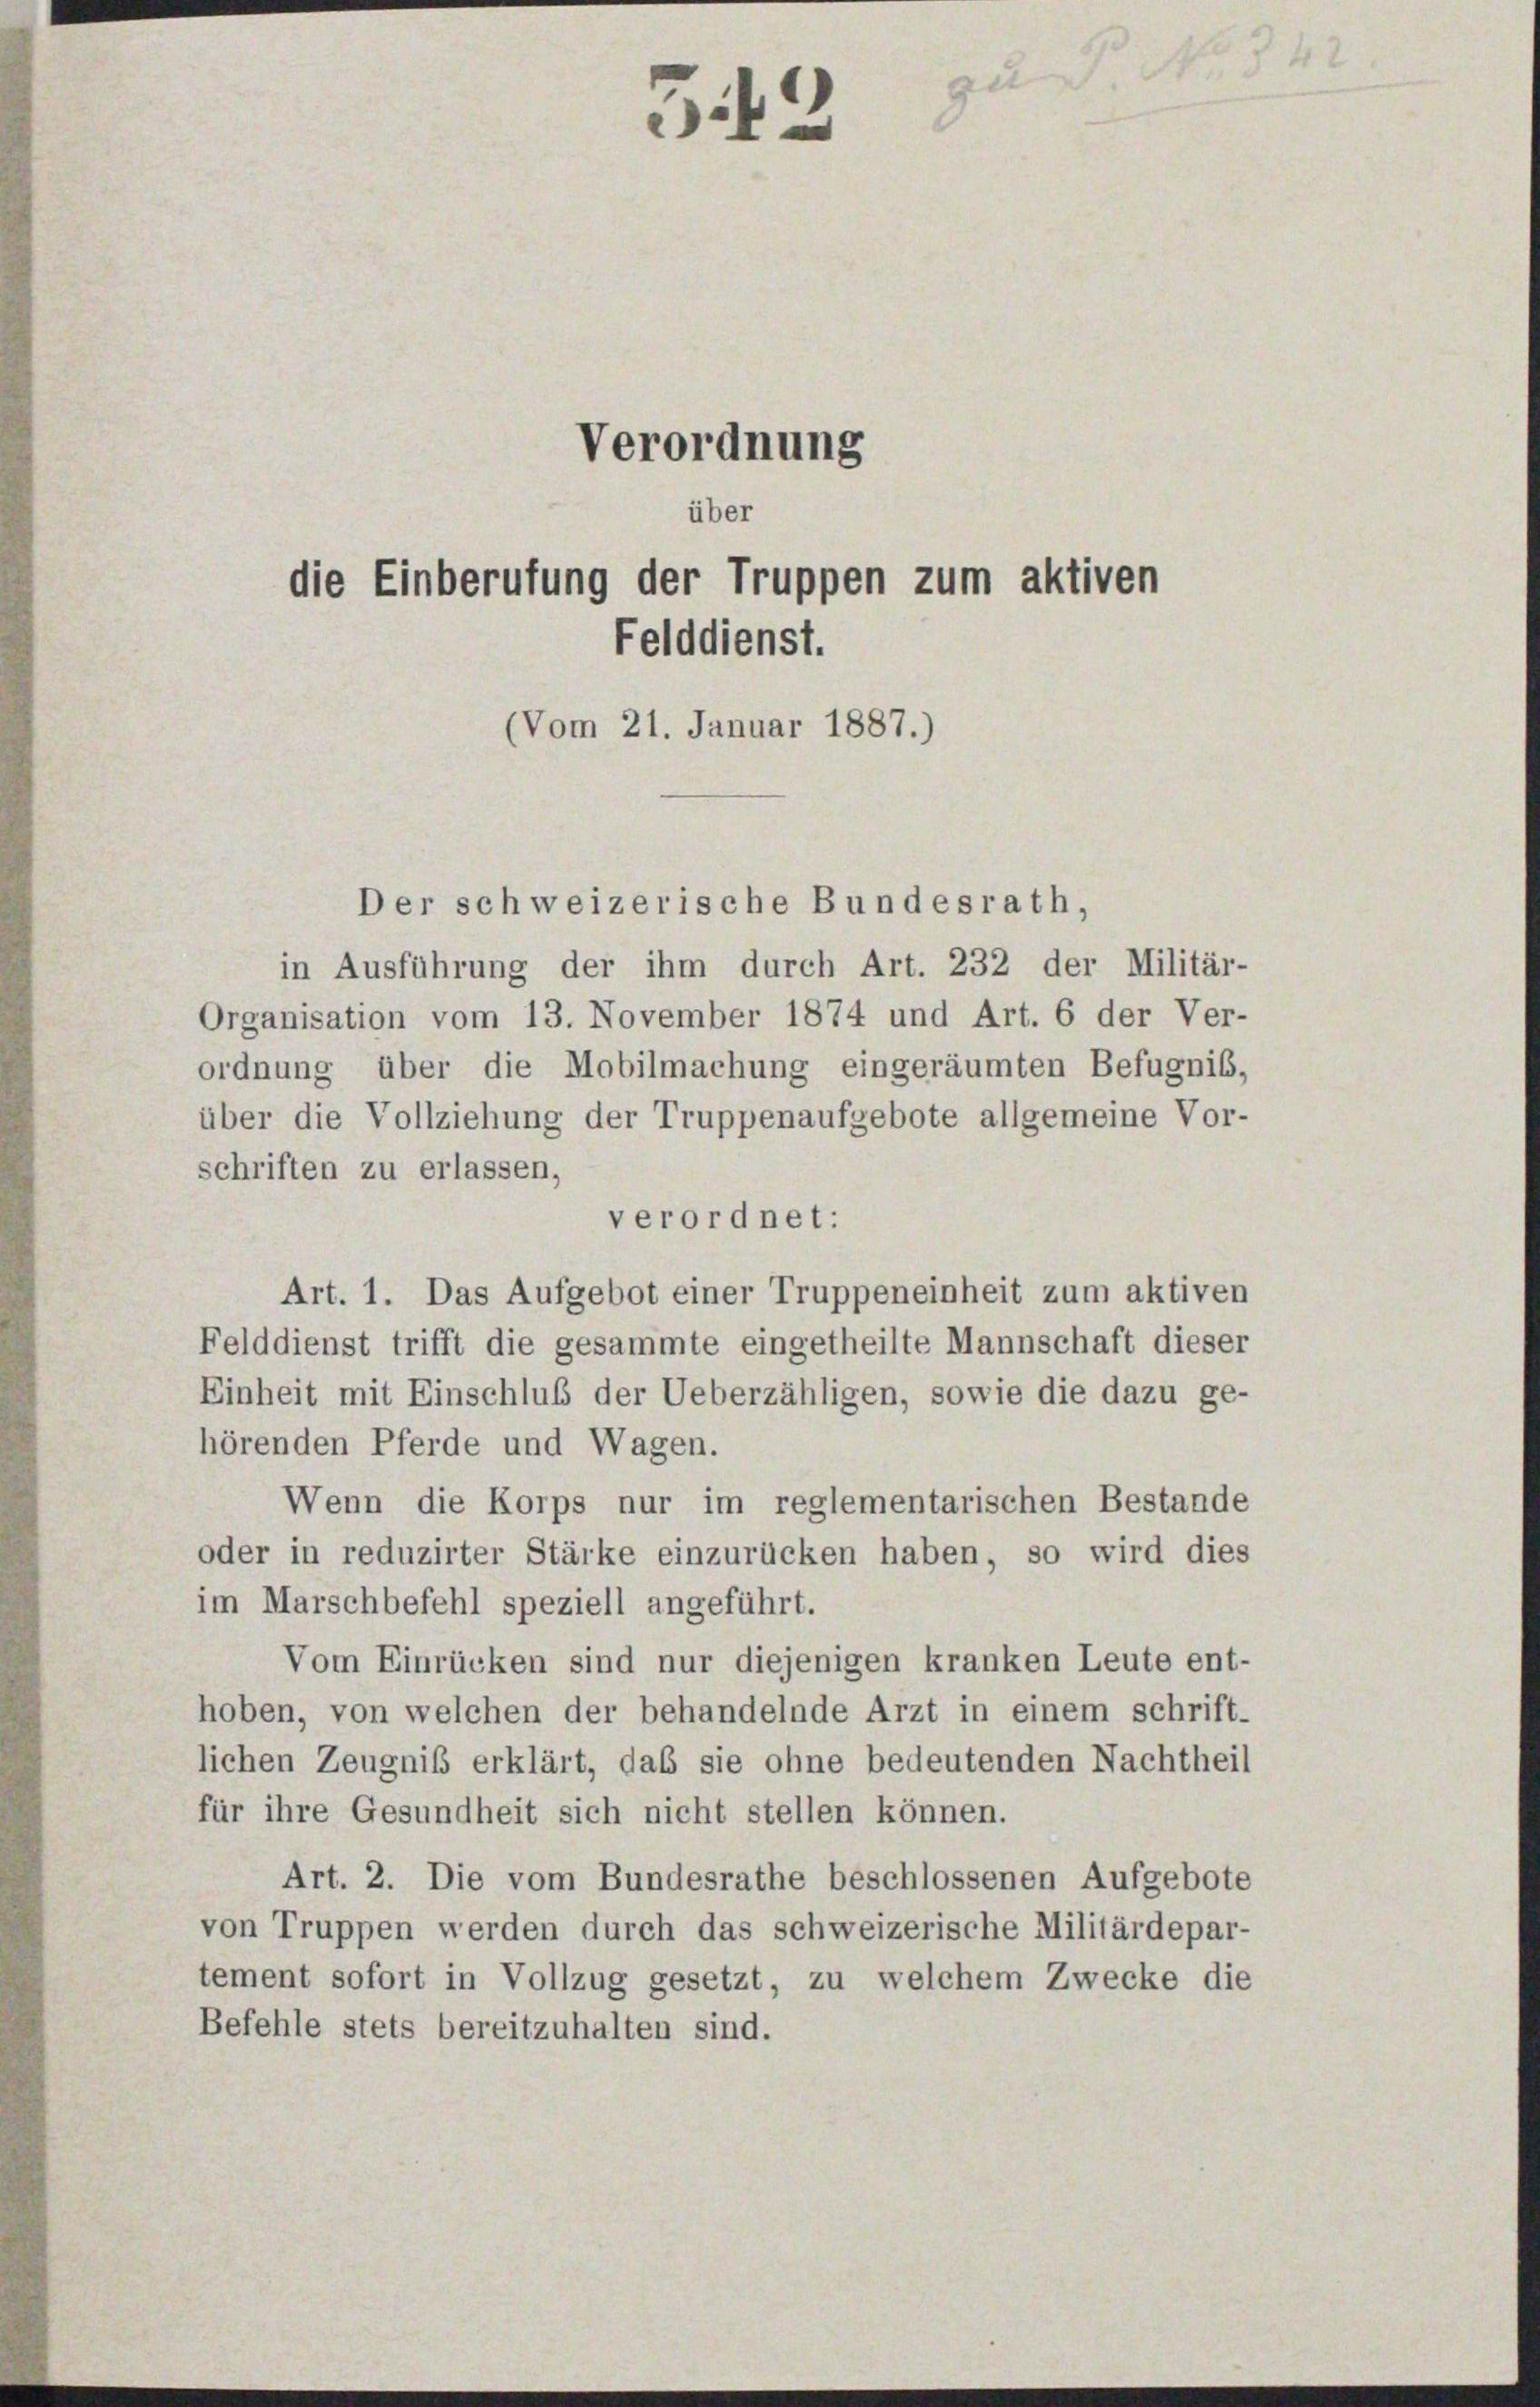
Verordnung
über
die Einberufung der Truppen zum aktiven
Felddienst.
(Vom 21. Januar 1887.)

3

Der schweizerische Bundesrath,
in Ausführung der ihm durch Art. 232 der Militär-
Organisation vom 13. November 1874 und Art. 6 der Ver-
ordnung über die Mobilmachung eingeräumten Befugnis,
über die Vollziehung der Truppenaufgebote allgemeine Vor-
schriften zu erlassen,
verordnet:
Art. 1. Das Aufgebot einer Truppeneinheit zum aktiven
Felddienst trifft die gesammte eingetheilte Mannschaft dieser
Einheit mit Einschluß der Ueberzähligen, sowie die dazu ge-
hörenden Pferde und Wagen.
Wenn die Korps nur im reglementarischen Bestande
oder in reduzirter Stärke einzurücken haben, so wird dies
im Marschbefehl speziell angeführt.
Vom Einrücken sind nur diejenigen kranken Leute ent-
hoben, von welchen der behandelnde Arzt in einem schrift-
lichen Zeugniß erklärt, das sie ohne bedeutenden Nachtheil
für ihre Gesundheit sich nicht stellen können.
Art. 2. Die vom Bundesrathe beschlossenen Aufgebote
von Truppen werden durch das schweizerische Militärdepar-
tement sofort in Vollzug gesetzt, zu welchem Zwecke die
Befehle stets bereitzuhalten sind.